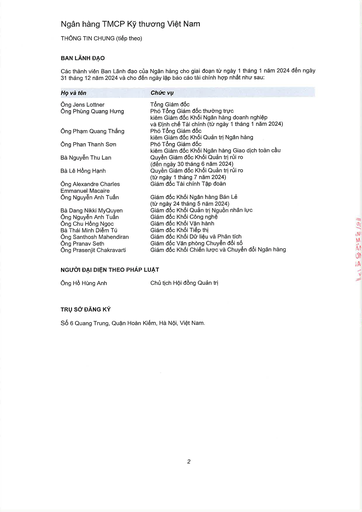
|Họ và tên|Chức vụ| |---|---| |Ông Jens Lottner|Tổng Giám đốc| |Ông Phùng Quang Hùng|Phó Tổng Giám đốc thường trực kiêm Giám đốc Khối Ngân hàng doanh nghiệp và Định chế Tài chính (từ ngày 1 tháng 1 năm 2024)| |Ông Phạm Quang Thắng|Phó Tổng Giám đốc kiêm Giám đốc Khối Quản trị Ngân hàng| |Ông Phan Thanh Sơn|Phó Tổng Giám đốc kiêm Giám đốc Khối Ngân hàng Giao dịch toàn cầu| |Bà Nguyễn Thu Lan|Quyền Giám đốc Khối Quản trị rủi ro (đến ngày 30 tháng 6 năm 2024)| |Bà Lê Hồng Hạnh|Quyền Giám đốc Khối Quản trị rủi ro (từ ngày 1 tháng 7 năm 2024)| |Ông Alexandre Charles Emmanuel Macaire|Giám đốc Tài chính Tập đoàn| |Ông Nguyễn Anh Tuấn|Giám đốc Khối Ngân hàng Bán lẻ (từ ngày 24 tháng 5 năm 2024)| |Bà Đặng Nikki Mỹ Quyên|Giám đốc Khối Quản trị Nguồn nhân lực| |Ông Nguyễn Anh Tuấn|Giám đốc Khối Công nghệ| |Ông Chu Hồng Ngọc|Giám đốc Khối Vận hành| |Bà Thái Minh Diệm Tú|Giám đốc Khối Tiếp thị| |Ông Santhosh Mahendiran|Giám đốc Khối Dữ liệu và Phân tích| |Ông Pranav Seth|Giám đốc Văn phòng Chuyển đổi số| |Ông Prasenjit Chakravarti|Giám đốc Khối Chiến lược và Chuyển đổi Ngân hàng|